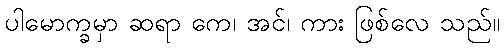
ပါမောက္ခမှာ ဆရာ ကေ၊ အင်၊ ကား ဖြစ်လေ သည်။